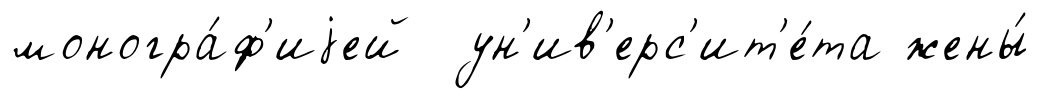
моногра́ф'иjей ун'ив'ерс'ит'е́та жены́